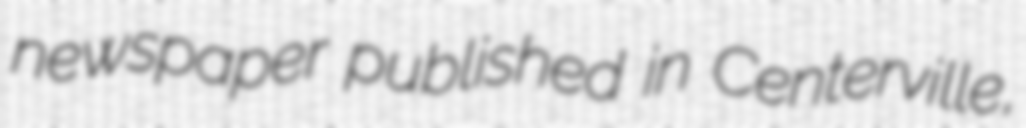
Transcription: newspaper published in Centerville,